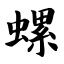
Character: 螺